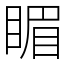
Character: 睸